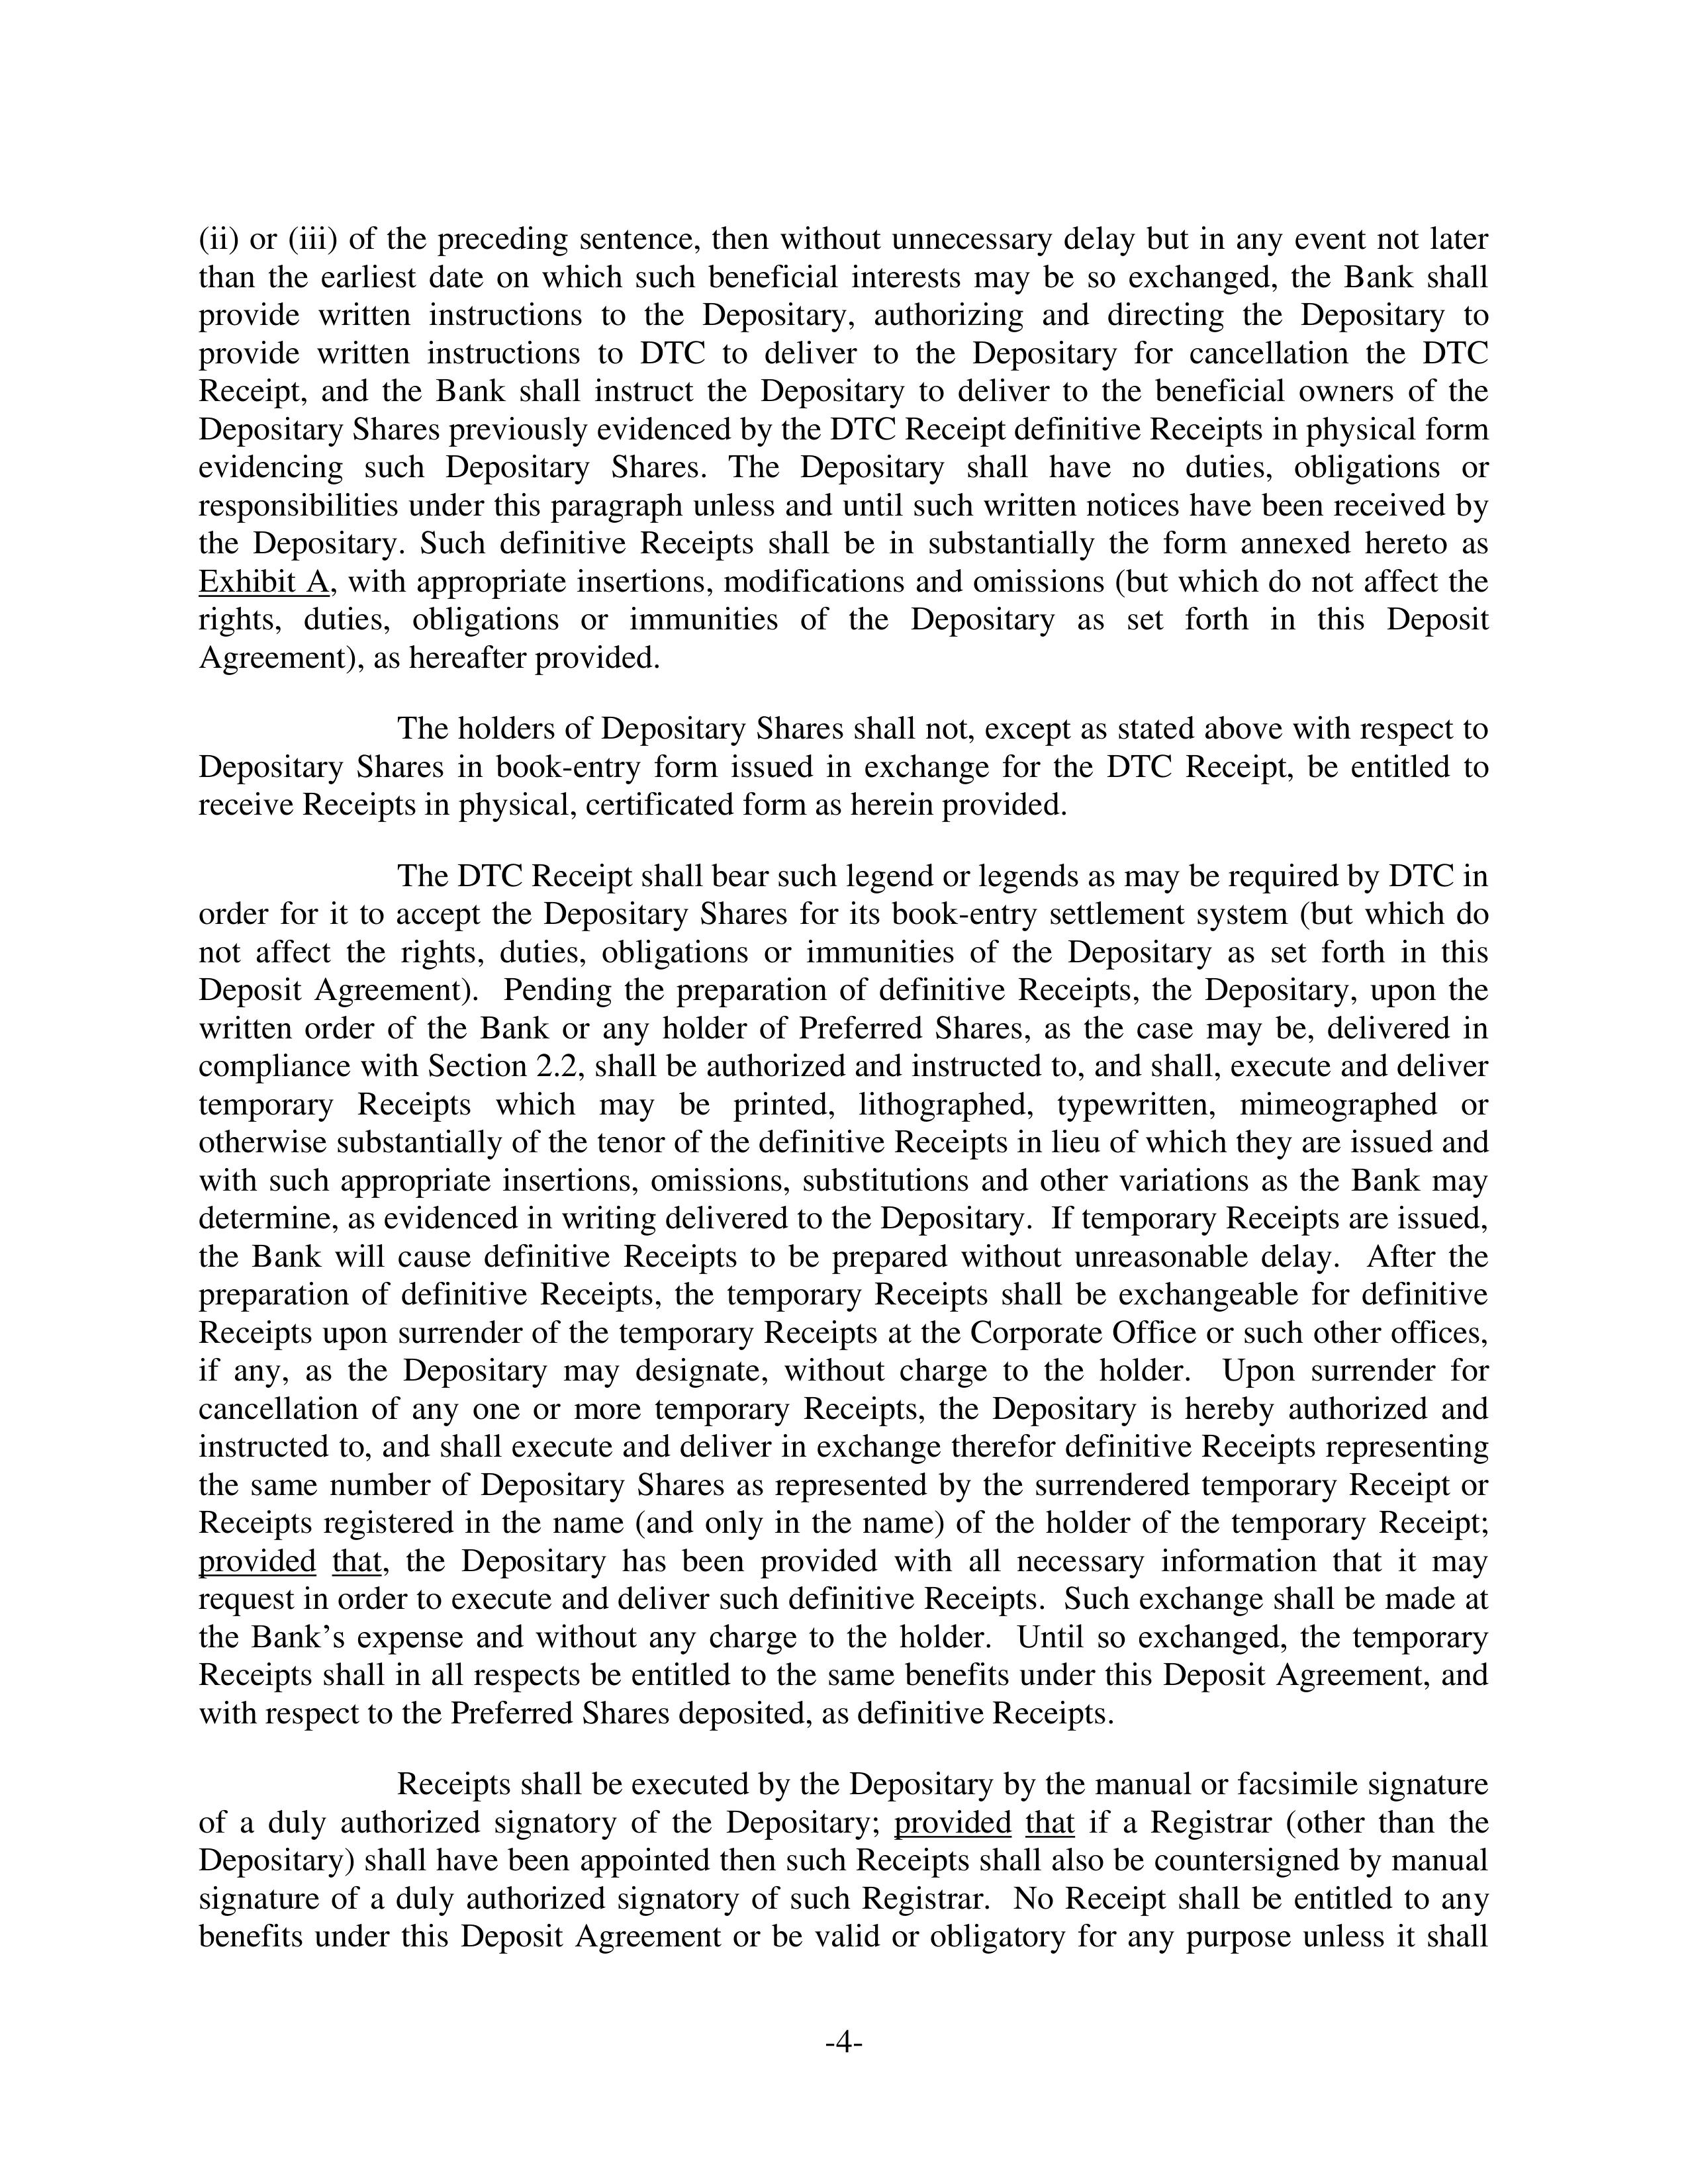
(ii) or (iii) of the preceding sentence, then without unnecessary delay but in any event not later
than the earliest date on which such beneficial interests may be so exchanged, the Bank shall
provide written instructions to the Depositary, authorizing and directing the Depositary to
provide written instructions to DTC to deliver to the Depositary for cancellation the DTC
Receipt, and the Bank shall instruct the Depositary to deliver to the beneficial owners of the
Depositary Shares previously evidenced by the DTC Receipt definitive Receipts in physical form
evidencing such Depositary Shares. The Depositary shall have no duties, obligations or
responsibilities under this paragraph unless and until such written notices have been received by
the Depositary. Such definitive Receipts shall be in substantially the form annexed hereto as
Exhibit A, with appropriate insertions, modifications and omissions (but which do not affect the
rights, duties, obligations or immunities of the Depositary as set forth in this Deposit
Agreement), as hereinafter provided.

The holders of Depositary Shares shall not, except as stated above with respect to
Depositary Shares in book-entry form issued in exchange for the DTC Receipt, be entitled to
receive Receipts in physical, certificated form as herein provided.

The DTC Receipt shall bear such legend or legends as may be required by DTC in
order for it to accept the Depositary Shares for its book-entry settlement system (but which do
not affect the rights, duties, obligations or immunities of the Depositary as set forth in this
Deposit Agreement). Pending the preparation of definitive Receipts, the Depositary, upon the
written order of the Bank or any holder of Preferred Shares, as the case may be, delivered in
compliance with Section 2.2, shall be authorized and instructed to, and shall, execute and deliver
temporary Receipts which may be printed, lithographed, typewritten, mimeographed or
otherwise substantially of the tenor of the definitive Receipts in lieu of which they are issued and
with such appropriate insertions, omissions, substitutions and other variations as the Bank may
determine, as evidenced in writing delivered to the Depositary. If temporary Receipts are issued,
the Bank will cause definitive Receipts to be prepared without unreasonable delay. After the
preparation of definitive Receipts, the temporary Receipts shall be exchangeable for definitive
Receipts upon surrender of the temporary Receipts at the Corporate Office or such other offices,
if any, as the Depositary may designate, without charge to the holder. Upon surrender for
cancellation of any one or more temporary Receipts, the Depositary is hereby authorized and
instructed to, and shall execute and deliver in exchange therefor definitive Receipts representing
the same number of Depositary Shares as represented by the surrendered temporary Receipt or
Receipts registered in the name (and only in the name) of the holder of the temporary Receipt;
provided that, the Depositary has been provided with all necessary information that it may
request in order to execute and deliver such definitive Receipts. Such exchange shall be made at
the Bank’s expense and without any charge to the holder. Until so exchanged, the temporary
Receipts shall in all respects be entitled to the same benefits under this Deposit Agreement, and
with respect to the Preferred Shares deposited, as definitive Receipts.

Receipts shall be executed by the Depositary by the manual or facsimile signature
of a duly authorized signatory of the Depositary; provided that if a Registrar (other than the
Depositary) shall have been appointed then such Receipts shall also be countersigned by manual
signature of a duly authorized signatory of such Registrar. No Receipt shall be entitled to any
benefits under this Deposit Agreement or be valid or obligatory for any purpose unless it shall

-4-